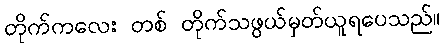
တိုက်ကလေး တစ် တိုက်သဖွယ်မှတ်ယူရပေသည်။